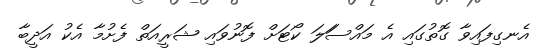
އެނގިފައިވާ ގޮތުގައި އެ މައްސަަލަ ކޯޓަށް ފޮނުވައި ޝަރީއަތް ފެށުމާ އެކު އަދީބާ